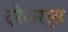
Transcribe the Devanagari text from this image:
ट्रेजरर्स